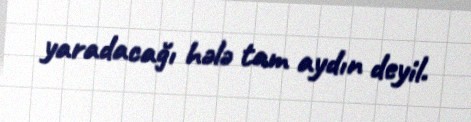
yaradacağı hələ tam aydın deyil.